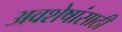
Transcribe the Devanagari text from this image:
अवशेषांसाठी